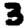
Digit: 3